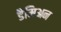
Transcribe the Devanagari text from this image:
डैमिअन